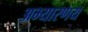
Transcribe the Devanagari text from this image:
अभ्‍यारणय